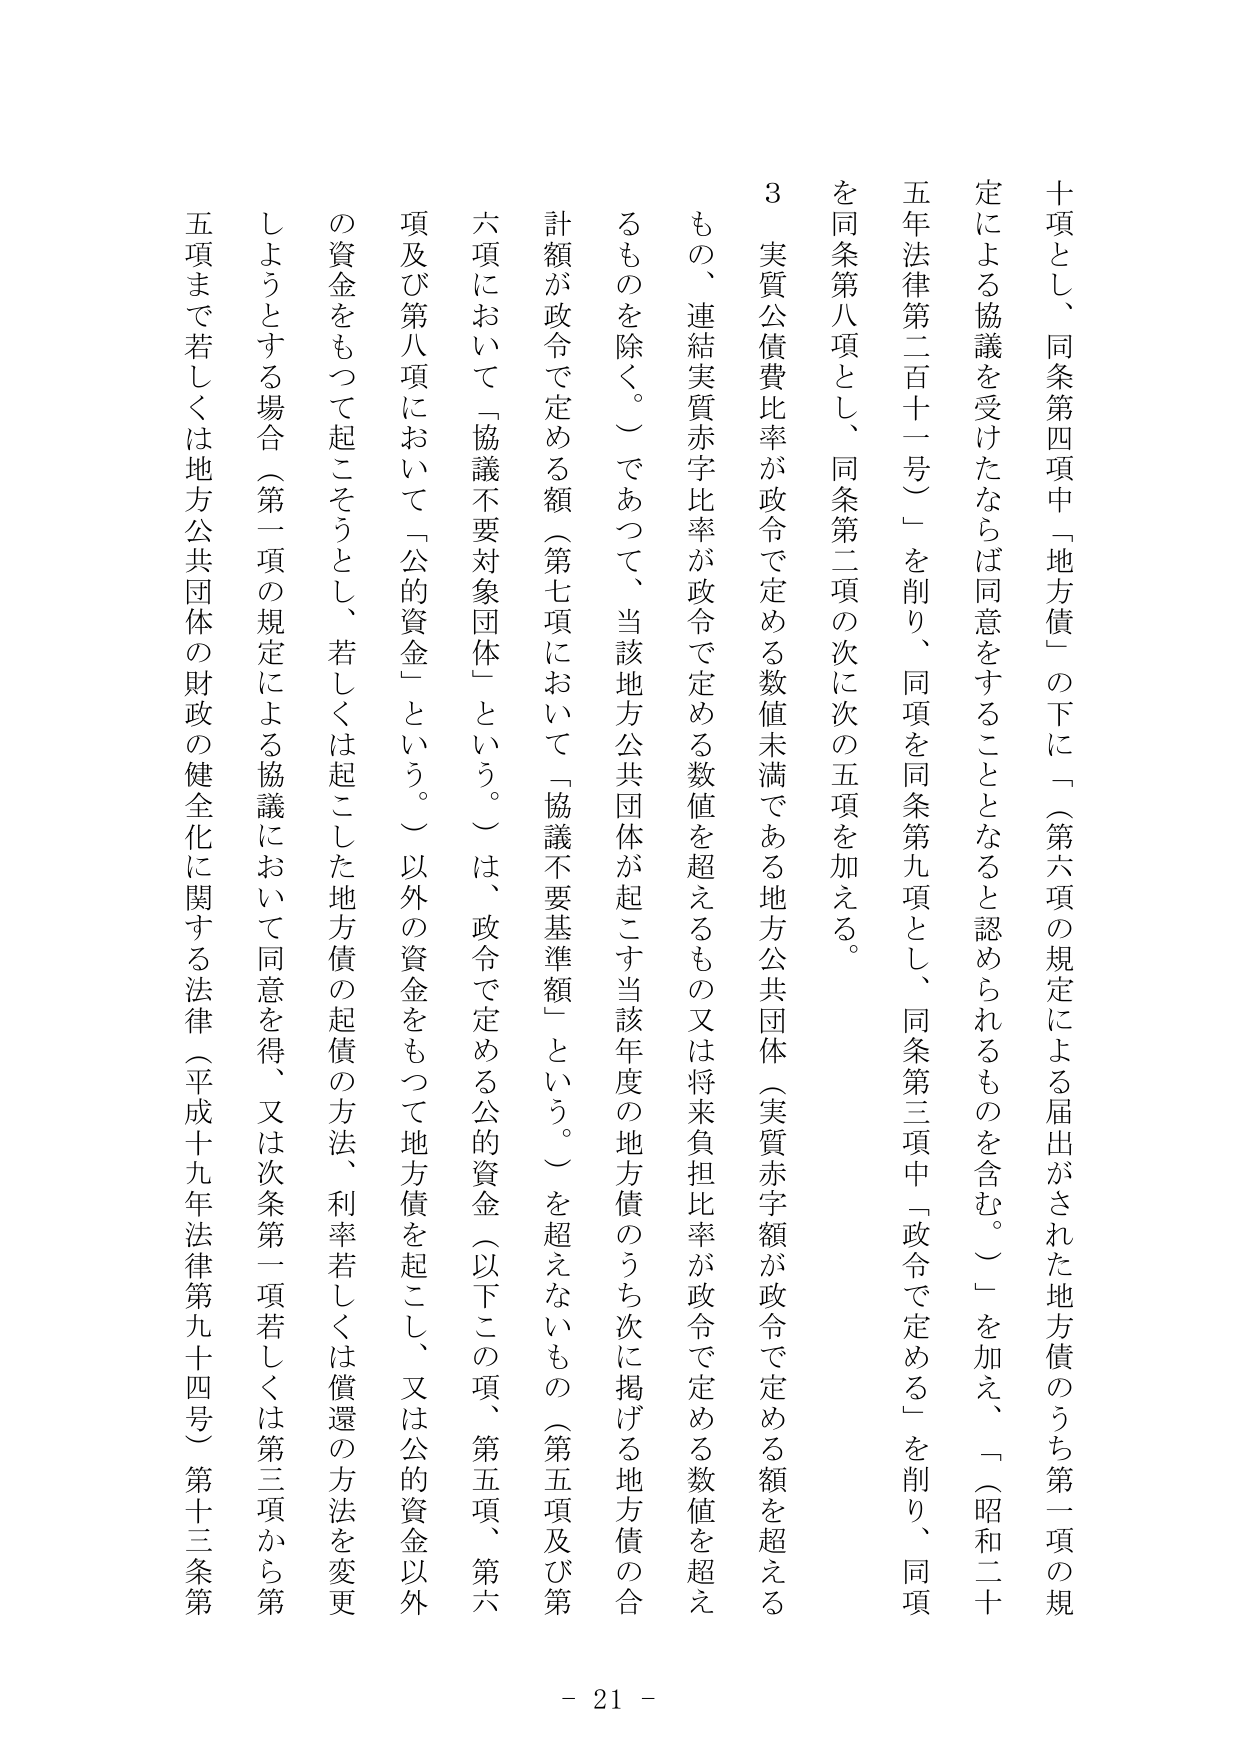
十項とし、同条第四項中「地方債」の下に「（第六項の規定による届出がされた地方債のうち第一項の規定による協議を受けたならば同意をすることとなると認められるものを含む。）」を加え、「（昭和二十年法律第二百十一号）」を削り、同項を同条第九項とし、同条第三項中「政令で定める」を削り、同項を同条第八項とし、同条第二項の次に次の五項を加える。

３　実質公債費比率が政令で定める数値未満である地方公共団体（実質赤字額が政令で定める額を超えるもの、連結実質赤字比率が政令で定める数値を超えるもの又は将来負担比率が政令で定める数値を超えるものを除く。）であって、当該地方公共団体が起こす当該年度の地方債のうち次に掲げる地方債の合計額が政令で定める額（第七項において「協議不要基準額」という。）を超えないもの（第五項及び第六項において「協議不要対象団体」という。）は、政令で定める公的資金（以下この項、第五項、第六項及び第八項において「公的資金」という。）以外の資金をもって地方債を起こし、又は公的資金以外の資金をもって起こそうとし、若しくは起こした地方債の起債の方法、利率若しくは償還の方法を変更しようとする場合（第一項の規定による協議において同意を得、又は次条第一項若しくは第三項から第五項まで若しくは地方公共団体の財政の健全化に関する法律（平成十九年法律第九十四号）第十三条第

- 21 -